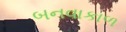
બનવાકાળ